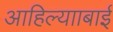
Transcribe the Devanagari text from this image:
आहिल्यााबाई